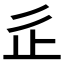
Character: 𣥆